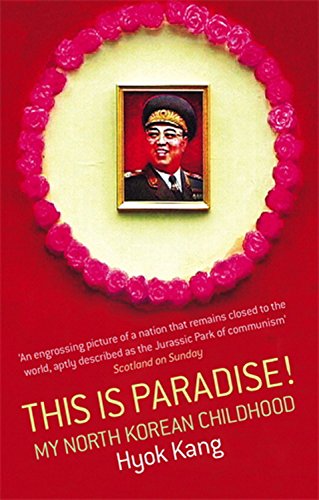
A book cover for This is Paradise!: My North Korean Childhood; Hyok Kang; History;